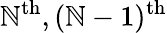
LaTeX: \mathbb{N}^{\mathrm{{th}}},(\mathbb{N}-1)^{\mathrm{{th}}}